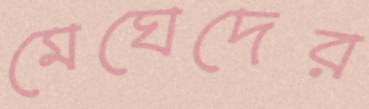
মেঘেদের